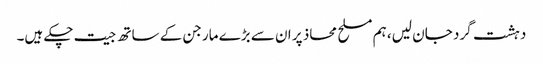
دہشت گرد جان لیں، ہم مسلح محاذ پر ان سے بڑے مارجن کے ساتھ جیت چکے ہیں۔